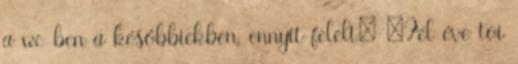
a wc-ben a későbbiekben, ennyit felelt: „Fél éve toi